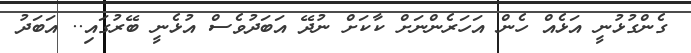
ގެންގުޅުނީ އަޅެއް ހެން އަހަރެންނަށް ކާކަށް ނުދޭ އަބަދުވެސް އުޅެނީ ބޭރުގައި.. އަބަދު